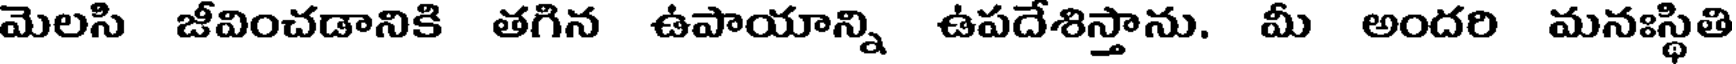
మెలసి జీవించడానికి తగిన ఉపాయాన్ని ఉపదేశిస్తాను. మీ అందరి మనఃస్థితి